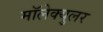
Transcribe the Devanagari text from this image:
मॉलेक्‍युलर